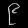
Digit: ၉